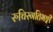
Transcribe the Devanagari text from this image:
रुचिरगतिभङ्गी